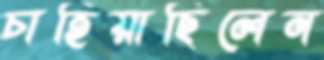
চাহিয়াছিলেন